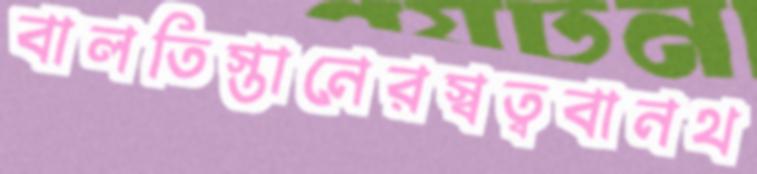
বালতিস্তানেরস্বত্ববানথ